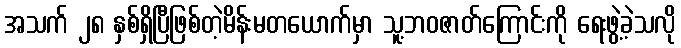
အသက် ၂၈ နှစ်ရှိပြီဖြစ်တဲ့မိန်းမတယောက်မှာ သူ့ဘဝဇာတ်ကြောင်းကို ရေးဖွဲ့ခဲ့သလို